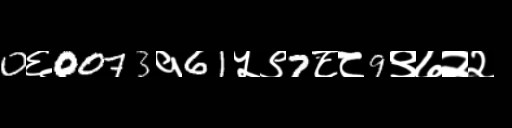
Text: 0६0073१61५९7८८9९७२२